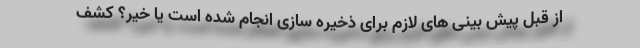
از قبل پیش بینی های لازم برای ذخیره سازی انجام شده است یا خیر؟ کشف